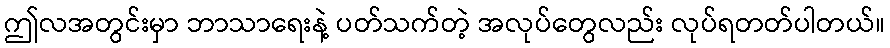
ဤလအတွင်းမှာ ဘာသာရေးနဲ့ ပတ်သက်တဲ့ အလုပ်တွေလည်း လုပ်ရတတ်ပါတယ်။